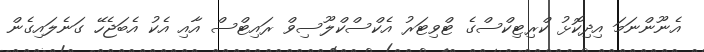
އެނޫންނަމަ އިދިކޮޅު ކްރިޓިކްސްގެ ޓްވިޓަރު އެކްސްކްލޫސިވް ރައިޓްސް އާއި އެކު އެެބަޖެހޭ ގަނެލައިގެން